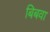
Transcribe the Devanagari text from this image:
बिबवा